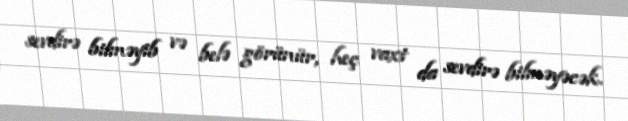
sevdirə bilməyib və belə görünür, heç vaxt da sevdirə bilməyəcək.